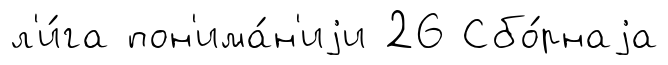
л'и́га пон'има́н'иjи 26 Сбо́рнаjа